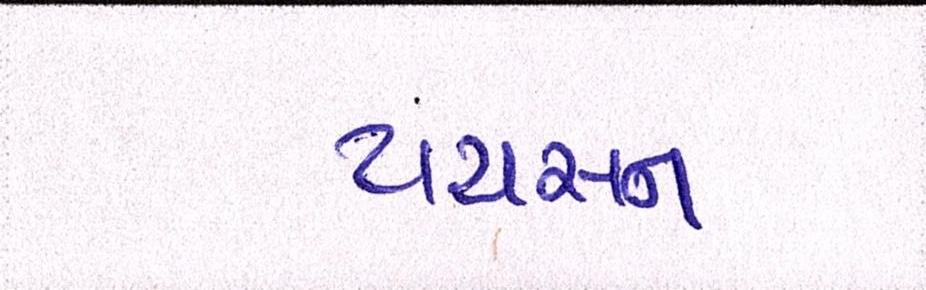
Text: ટાયસન